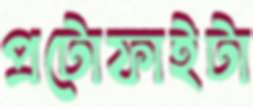
প্রটোফাইটা